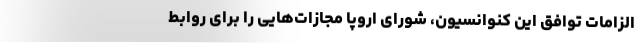
الزامات توافق این کنوانسیون، شورای اروپا مجازات‌هایی را برای روابط